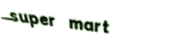
super mart